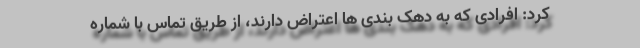
کرد: افرادی که به دهک بندی ها اعتراض دارند، از طریق تماس با شماره